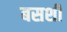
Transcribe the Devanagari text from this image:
बसशी